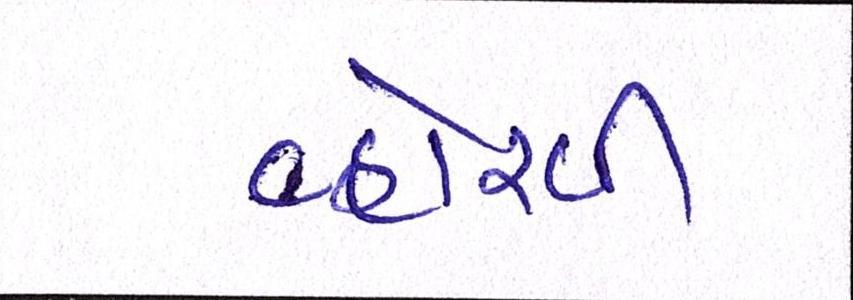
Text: વ્હોરવી